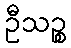
ဦသဉ္စ